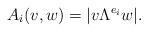
LaTeX: \begin{align*} A_i(v,w) = |v\Lambda^{e_i} w|.\end{align*}